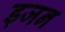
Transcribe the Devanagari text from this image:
ड़जन